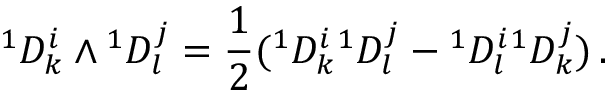
{ } ^ { 1 } D _ { k } ^ { i } \wedge { } ^ { 1 } D _ { l } ^ { j } = \frac { 1 } { 2 } ( { } ^ { 1 } D _ { k } ^ { i } { } ^ { 1 } D _ { l } ^ { j } - { } ^ { 1 } D _ { l } ^ { i } { } ^ { 1 } D _ { k } ^ { j } ) \, .